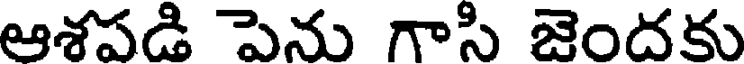
ఆశపడి పెను గాసి జెందకు